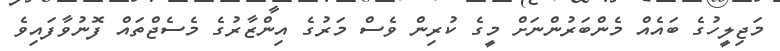
މަޖިލީހުގެ ބައެއް މެންބަރުންނަށް މީގެ ކުރިން ވެސް މަރުގެ އިންޒާރުގެ މެސެޖްތައް ފޮނުވާފައިވެ